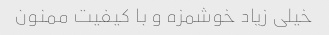
خیلی زیاد خوشمزه و با کیفیت ممنون